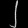
Digit: ၂